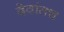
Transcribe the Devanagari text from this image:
देवांतच